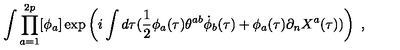
\int \prod _ { a = 1 } ^ { 2 p } [ \phi _ { a } ] \exp \left( i \int d \tau ( \frac { 1 } { 2 } \phi _ { a } ( \tau ) \theta ^ { a b } \dot { \phi } _ { b } ( \tau ) + \phi _ { a } ( \tau ) \partial _ { n } X ^ { a } ( \tau ) ) \right) \ ,